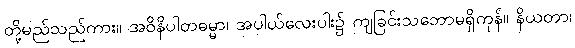
တို့မည်သည်ကား။ အဝိနိပါတဓမ္မာ၊ အပါယ်လေးပါး၌ ကျခြင်းသဘောမရှိကုန်။ နိယတာ၊